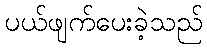
ပယ်ဖျက်ပေးခဲ့သည်